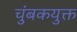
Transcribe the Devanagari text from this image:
चुंबकयुक्त